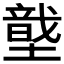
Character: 𡑠